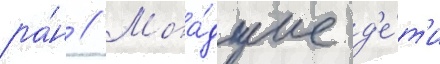
ра́н // Мла́дшие д'е́т'и